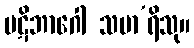
ပဋိဘာဂေါ သမာ’ရိသု။